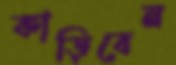
কাড়িবেন